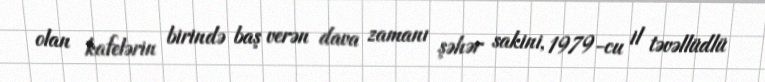
olan kafelərin birində baş verən dava zamanı şəhər sakini, 1979-cu il təvəllüdlü